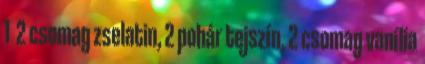
1 2 csomag zselatin, 2 pohár tejszín, 2 csomag vanília